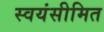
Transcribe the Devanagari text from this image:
स्वयंसीमित